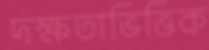
দক্ষতাভিত্তিক